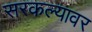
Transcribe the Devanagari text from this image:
सरकल्यावर